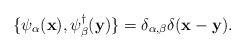
\begin{align*}\{\psi_\alpha({\bf x}), \psi^\dagger_\beta({\bf y})\} =\delta_{\alpha,\beta}\delta({\bf x - y}). \end{align*}